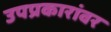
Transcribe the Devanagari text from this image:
उपप्रकारांवर